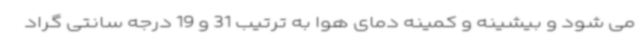
می شود و بیشینه و کمینه دمای هوا به ترتیب 31 و 19 درجه سانتی گراد